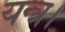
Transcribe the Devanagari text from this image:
यन्त्र।